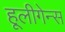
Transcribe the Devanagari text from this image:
हूलीगेन्स